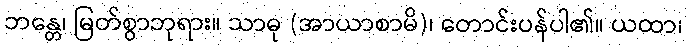
ဘန္တေ၊ မြတ်စွာဘုရား။ သာဓု (အာယာစာမိ)၊ တောင်းပန်ပါ၏။ ယထာ၊